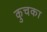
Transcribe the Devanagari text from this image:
कुचका